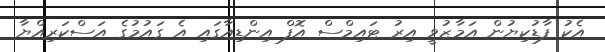
އެކު ފާޑުކިޔުން އަމާޒުވީ އިރު ޓައިމްސް އޮފް އިންޑިއާގައި އެ ގައުމުގެ އަސްކަރިއްޔާ